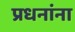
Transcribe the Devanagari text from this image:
प्रधनांना